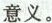
意义。